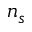
n _ { s }